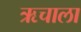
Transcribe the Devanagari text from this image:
ऋचाला